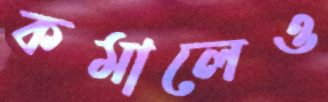
কমালেও